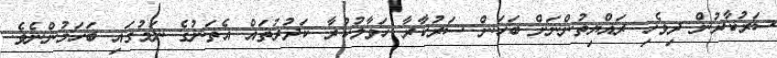
ސަރުކާރުން ދިވެހި ރައްޔިތުންނަށް ބަހަން ސަރުކާރާ ހަވާލުކުރާ ކަދުރުތައް އެތަނުގެ ނަމުގައި ބަހަމުންނެވެ.